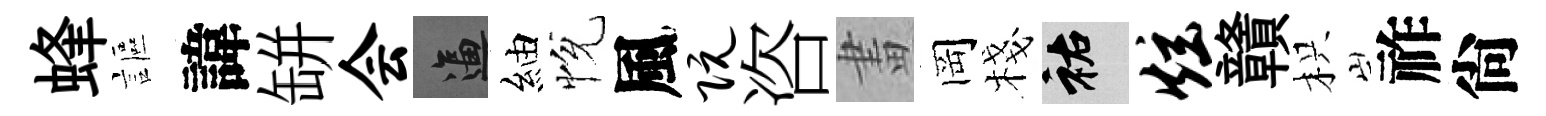
蜂謳諱缾会逼紬恱風阮咨畫岡棧祐炫贛枳祚尙